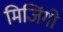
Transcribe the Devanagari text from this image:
मिजिंगो